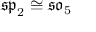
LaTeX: { \mathfrak { s p } } _ { 2 } \cong { \mathfrak { s o } } _ { 5 }